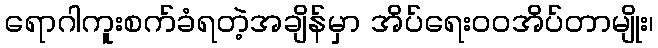
ရောဂါကူးစက်ခံရတဲ့အချိန်မှာ အိပ်ရေးဝဝအိပ်တာမျိုး၊